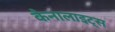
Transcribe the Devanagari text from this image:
कैनालाइट्स